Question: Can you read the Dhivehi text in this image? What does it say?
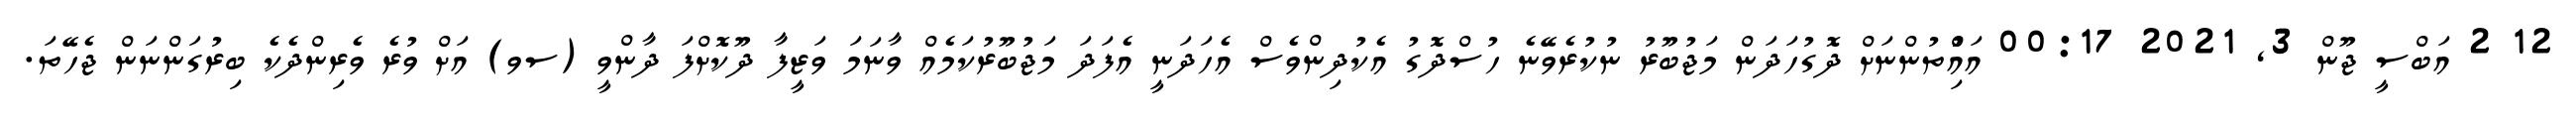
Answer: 12 2 އަބްސީ ޖޫން 3, 2021 00:17 އައްުިތުންނަށް ދޮގުހަދަން މަޖުބޫރު ނުކުރެވޭނެ ހުސްދޮގު އެކުދިންވެސް އެހަދަނީ އެފަދަ މަޖުބޫރުކަމެއް ވާނަމަ ވަޒީފާ ދޫކޮށްފަ ދާންވީ (ސވ) އަށް ވުރެ ވެރިންދެކެ ބިރުގަންނަން ޖެހޭތަ.